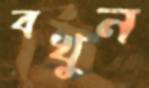
বখুন